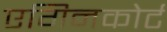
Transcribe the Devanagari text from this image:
एगिनकोर्ट